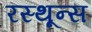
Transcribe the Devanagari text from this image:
रस्थून्स